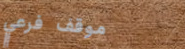
موقف فرعي